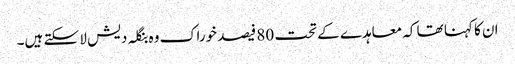
ان کا کہنا تھا کہ معاہدے کے تحت 80 فیصد خوراک وہ بنگلہ دیش لا سکتے ہیں۔